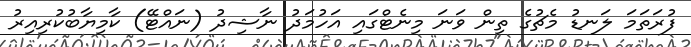
ފުރަތަމަ ލަނޑު މެޗުގެ ތިން ވަނަ މިނެޓްގައި އަހުމަދު ނާޝިދު (ނައްޓޭ) ކާމިޔާބުކުރިއިރު